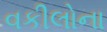
વકીલોના